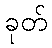
ခုတ်